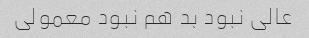
عالی نبود بد هم نبود معمولی